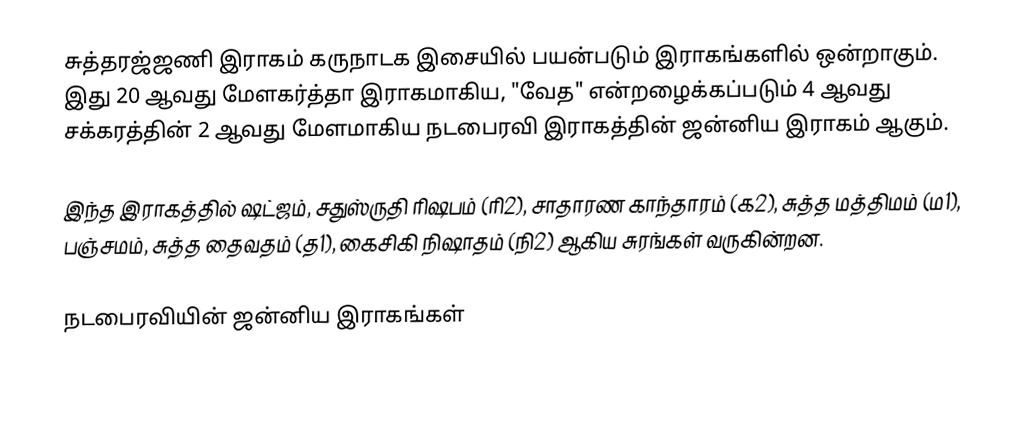
சுத்தரஜ்ஜணி இராகம் கருநாடக இசையில் பயன்படும் இராகங்களில் ஒன்றாகும். இது 20 ஆவது மேளகர்த்தா இராகமாகிய, "வேத" என்றழைக்கப்படும் 4 ஆவது சக்கரத்தின் 2 ஆவது மேளமாகிய நடபைரவி இராகத்தின் ஜன்னிய இராகம் ஆகும்.

இந்த இராகத்தில் ஷட்ஜம், சதுஸ்ருதி ரிஷபம் (ரி2),  சாதாரண காந்தாரம் (க2), சுத்த மத்திமம் (ம1), பஞ்சமம், சுத்த தைவதம் (த1), கைசிகி நிஷாதம்  (நி2) ஆகிய சுரங்கள் வருகின்றன.

நடபைரவியின் ஜன்னிய இராகங்கள்